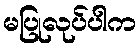
မပြုလုပ်ပါက